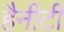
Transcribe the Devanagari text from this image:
हैनीटी